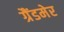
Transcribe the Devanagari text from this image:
ग्रैंडमेर